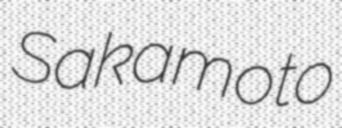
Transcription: Sakamoto